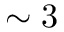
\sim 3